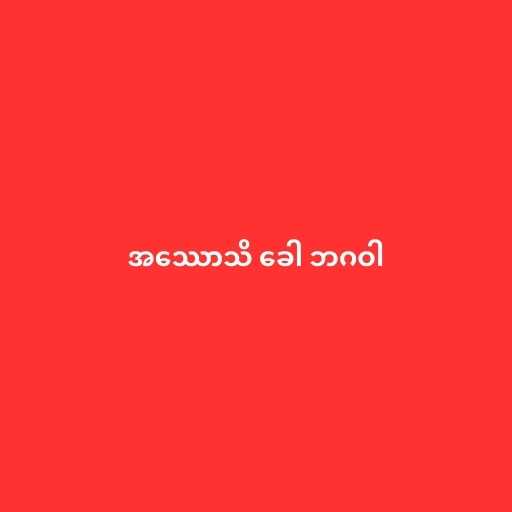
အဿောသိ ခေါ ဘဂဝါ